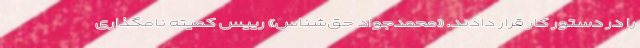
را در دستور کار قرار دادند. «محمدجواد حق‌شناس» رییس کمیته نامگذاری